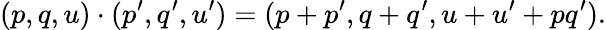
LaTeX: (p,q,u)\cdot(p^{\prime},q^{\prime},u^{\prime})=(p+p^{\prime},q+q^{\prime},u+u^{\prime}+pq^{\prime}).